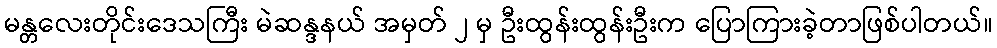
မန္တလေးတိုင်းဒေသကြီး မဲဆန္ဒနယ် အမှတ် ၂ မှ ဦးထွန်းထွန်းဦးက ပြောကြားခဲ့တာဖြစ်ပါတယ်။